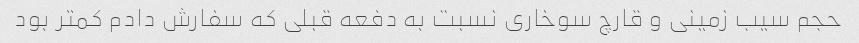
حجم سیب زمینی و قارچ سوخاری نسبت به دفعه قبلی که سفارش دادم کمتر بود